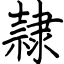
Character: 隷